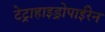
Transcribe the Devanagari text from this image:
टेट्राहाइड्रोपाईरेन